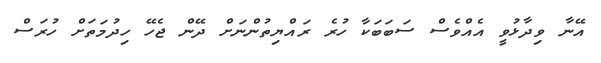
އޭނާ ވިދާޅުވީ އެއްވެސް ސަބަބަކާ ހުރެ ރައްޔިތުންނަށް ދޭން ޖެހޭ ހިދުމަތަށް ހުރަސް